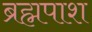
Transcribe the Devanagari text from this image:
ब्रह्मपाश